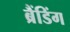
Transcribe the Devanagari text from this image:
ब्रैंडिंग